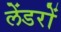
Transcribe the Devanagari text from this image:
लेंडरों